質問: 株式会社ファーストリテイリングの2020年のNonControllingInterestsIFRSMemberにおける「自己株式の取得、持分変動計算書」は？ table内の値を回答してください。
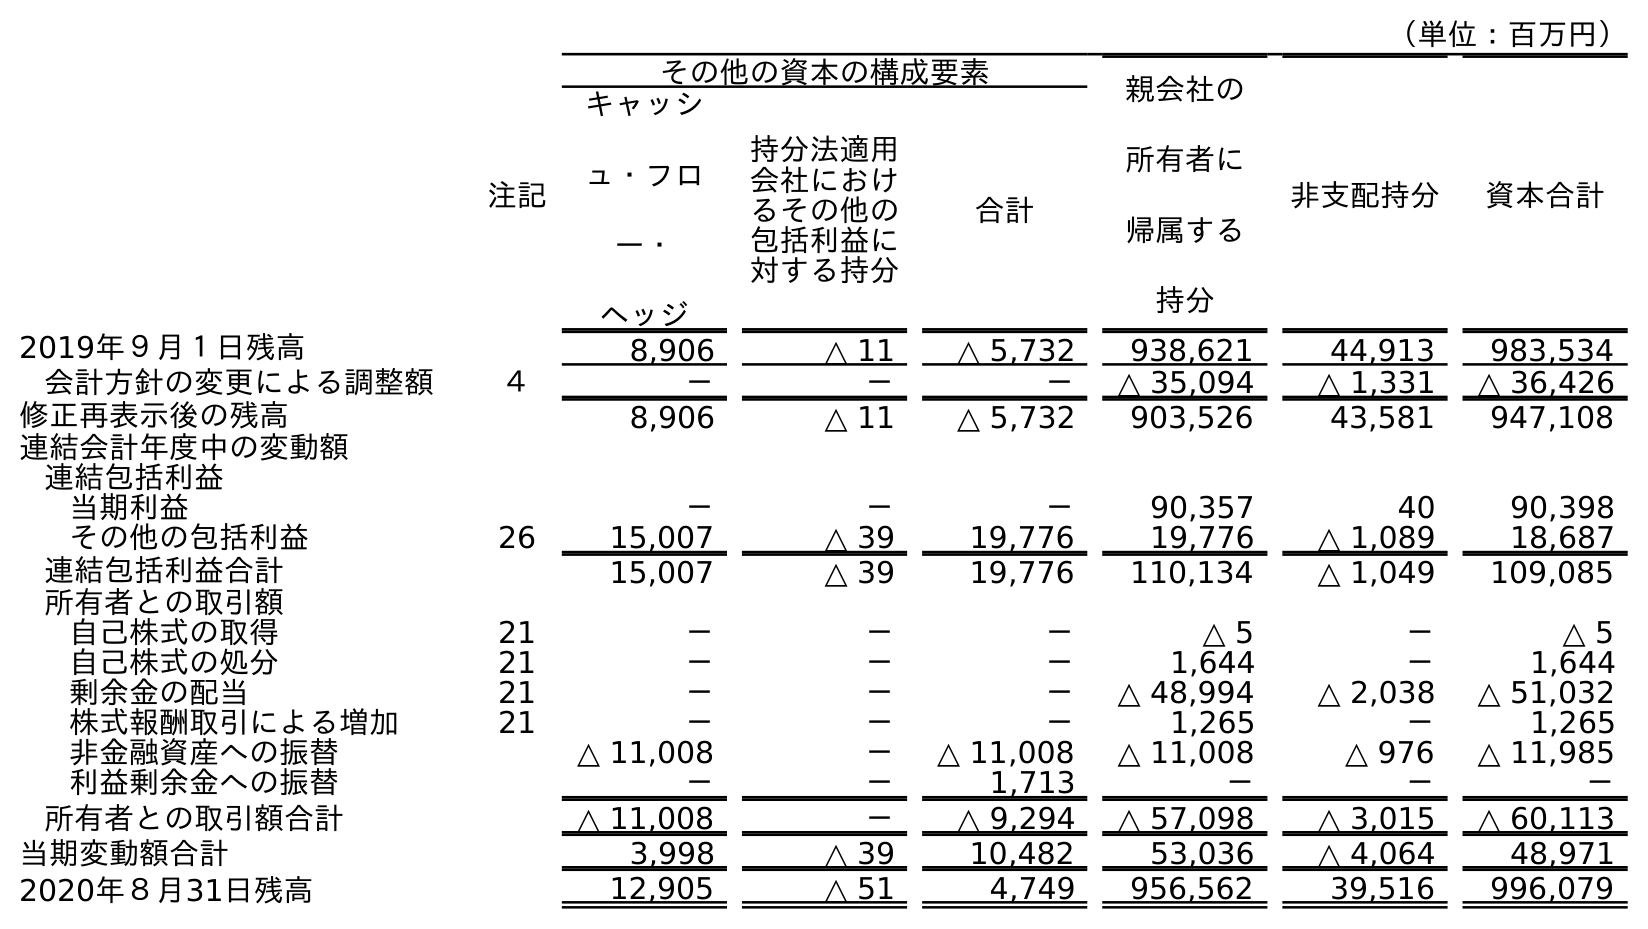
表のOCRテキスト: （単位：百万円） 注記 その他の資本の構成要素 親会社の 所有者に 帰属する 持分 非支配持分 資本合計 キャッシ ュ・フロ ー・ ヘッジ 持分法適用 会社におけ るその他の 包括利益に 対する持分 合計 2019年９月１日残高 8,906 △ 11 △ 5,732 938,621 44,913 983,534 会計方針の変更による調整額 ４ － － － △ 35,094 △ 1,331 △ 36,426 修正再表示後の残高 8,906 △ 11 △ 5,732 903,526 43,581 947,108 連結会計年度中の変動額 連結包括利益 当期利益 － － － 90,357 40 90,398 その他の包括利益 26 15,007 △ 39 19,776 19,776 △ 1,089 18,687 連結包括利益合計 15,007 △ 39 19,776 110,134 △ 1,049 109,085 所有者との取引額 自己株式の取得 21 － － － △ 5 － △ 5 自己株式の処分 21 － － － 1,644 － 1,644 剰余金の配当 21 － － － △ 48,994 △ 2,038 △ 51,032 株式報酬取引による増加 21 － － － 1,265 － 1,265 非金融資産への振替 △ 11,008 － △ 11,008 △ 11,008 △ 976 △ 11,985 利益剰余金への振替 － － 1,713 － － － 所有者との取引額合計 △ 11,008 － △ 9,294 △ 57,098 △ 3,015 △ 60,113 当期変動額合計 3,998 △ 39 10,482 53,036 △ 4,064 48,971 2020年８月31日残高 12,905 △ 51 4,749 956,562 39,516 996,079
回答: －